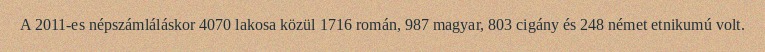
A 2011-es népszámláláskor 4070 lakosa közül 1716 román, 987 magyar, 803 cigány és 248 német etnikumú volt.